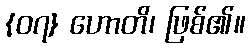
{၀၇} ဟောတိ၊ ဖြစ်၏။